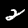
Digit: 2